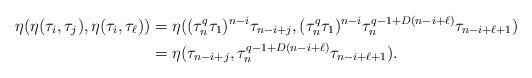
LaTeX: \begin{align*}\eta(\eta(\tau_i, \tau_j),\eta(\tau_i,\tau_\ell))&=\eta((\tau_n^q\tau_1)^{n-i} \tau_{n-i+j}, (\tau_n^q\tau_1)^{n-i}\tau_n^{q-1+D(n-i+\ell)}\tau_{n-i+\ell+1}) \\&=\eta(\tau_{n-i+j}, \tau_n^{q-1+D(n-i+\ell)}\tau_{n-i+\ell+1}).\end{align*}